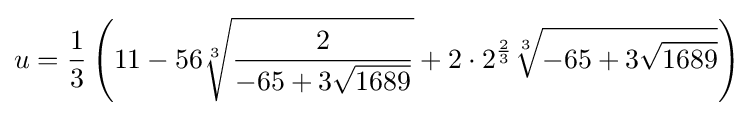
u={\frac {1}{3}}\left(11-56{\sqrt[{3}]{\frac {2}{-65+3{\sqrt {1689}}}}}+2\cdot 2^{\frac {2}{3}}{\sqrt[{3}]{-65+3{\sqrt {1689}}}}\right)